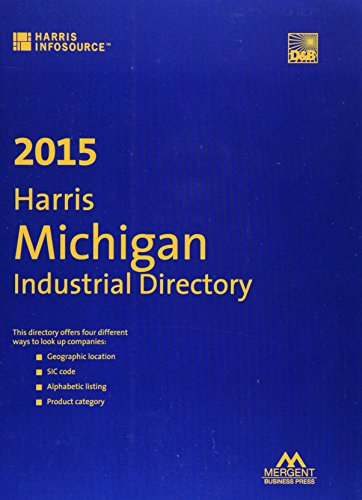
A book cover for Harris Michigan Industrial Directory 2015; Business & Money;